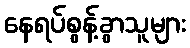
နေရပ်စွန့်ခွာသူများ